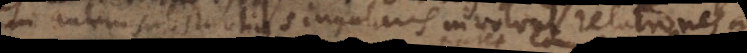
um autem substantia singularis involvat relationes